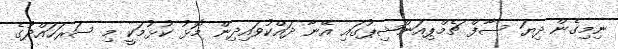
ނިމިގެން ދިޔަ ސާފް ޗެމްޕިއަންޝިޕުގައި އޭނާ ދައްކުވައިދިން މޮޅު ކުޅުމަކީ މި ސަރަހައްދުގެ